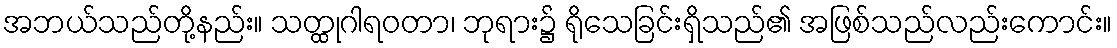
အဘယ်သည်တို့နည်း။ သတ္ထုဂါရဝတာ၊ ဘုရား၌ ရိုသေခြင်းရှိသည်၏ အဖြစ်သည်လည်းကောင်း။